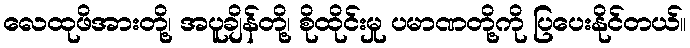
လေထုဖိအားတို့၊ အပူချိန်တို့၊ စိုထိုင်းမှု ပမာဏတို့ကို ပြပေးနိုင်တယ်။